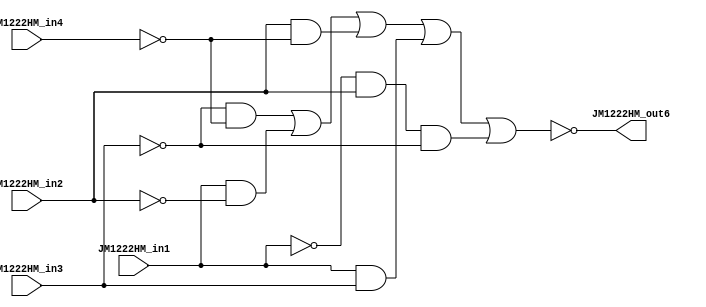
module f (input JM1222HM_in1, input JM1222HM_in2, input JM1222HM_in3, input JM1222HM_in4, output JM1222HM_out6);

wire  JM1222HM_1,  JM1222HM_2,  JM1222HM_3, JM1222HM_4, JM1222HM_5; //store all 5 terms to then OR them
wire JM1222HM_11; //not for output

and and1 ( JM1222HM_1,  ~JM1222HM_in3,  ~JM1222HM_in4);
and and2 ( JM1222HM_2,    JM1222HM_in1,  ~JM1222HM_in2);
and and3 ( JM1222HM_3,    JM1222HM_in2,  ~JM1222HM_in4);
and and4 ( JM1222HM_4,    JM1222HM_in1,    JM1222HM_in3);
and and5 ( JM1222HM_5,  ~JM1222HM_in1,    JM1222HM_in2, ~JM1222HM_in3);

or or1 (JM1222HM_11, JM1222HM_1,  JM1222HM_2,  JM1222HM_3, JM1222HM_4, JM1222HM_5);

not not1 (JM1222HM_out6, JM1222HM_11);

endmodule